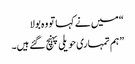
“ میں نے کہا تو وہ بولا
”ہم تمہاری حویلی پہنچ گئے ہیں۔